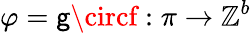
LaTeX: \varphi=\mathsf{g}\circf:\pi\to\mathbb{{Z}}^{b}